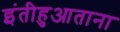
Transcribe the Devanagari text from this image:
इंतीहुआताना